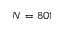
N = 8 0 1